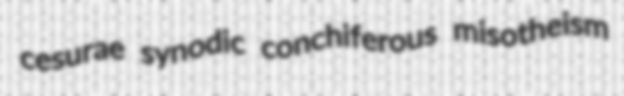
cesurae synodic conchiferous misotheism